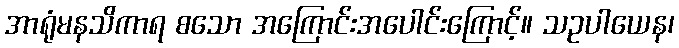
အာရုံမနသိကာရ စသော အကြောင်းအပေါင်းကြောင့်။ သဥပါယေန၊